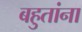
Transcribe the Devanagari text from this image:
बहुतांना